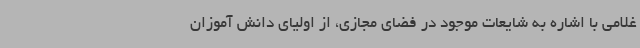
غلامی با اشاره به شایعات موجود در فضای مجازی، از اولیای دانش آموزان